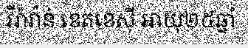
វីរ៉ាវ៉ាន់ ខេតខេស៊ី អាយុ២៥ឆ្នាំ